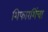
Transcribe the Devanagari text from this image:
शिफारशिंचा